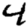
Digit: 4